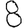
Digit: 8